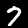
Digit: 7